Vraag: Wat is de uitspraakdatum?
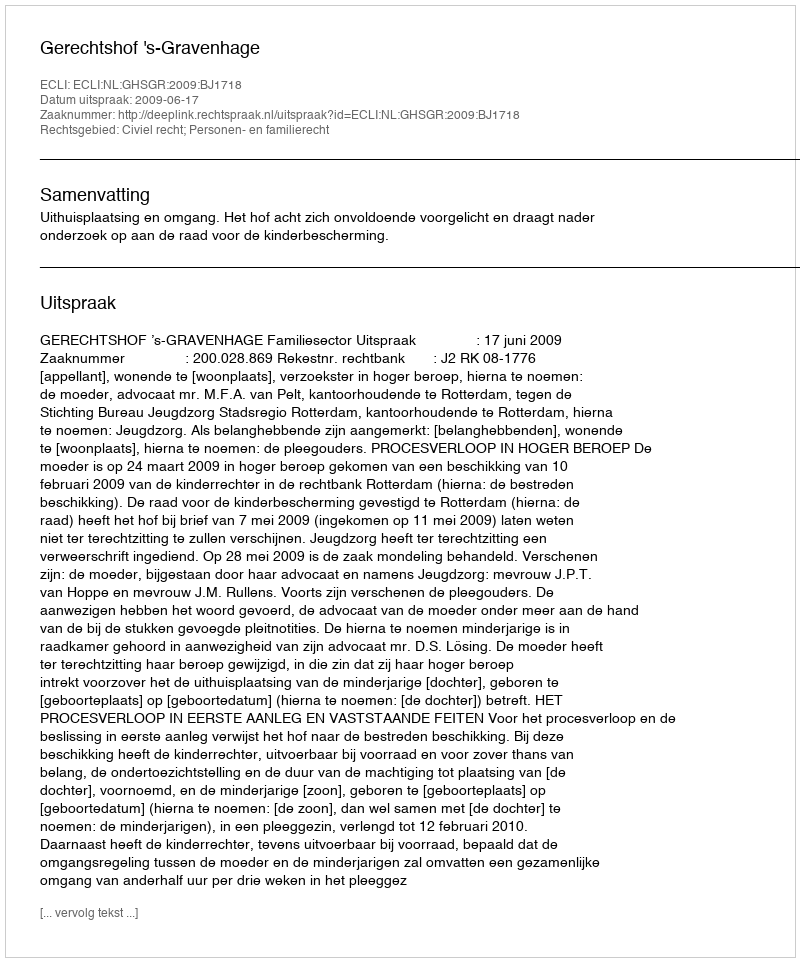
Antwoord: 2009-06-17